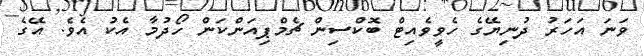
ވަނަ އަހަރު ދުނިޔޭގެ ހެވީވެއިޓް ބޮކްސިން ޗެމްޕިއަންކަން ހޯދުމާ އެކު އެވެ. އޭގެ